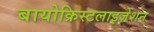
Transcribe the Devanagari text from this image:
बायोक्रिस्टलाइज़ेशन